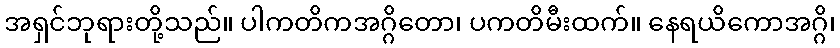
အရှင်ဘုရားတို့သည်။ ပါကတိကအဂ္ဂိတော၊ ပကတိမီးထက်။ နေရယိကောအဂ္ဂိ၊